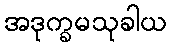
အဒုက္ခမသုခါယ